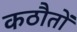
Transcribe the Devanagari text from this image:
कठौतों